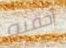
أخفيه